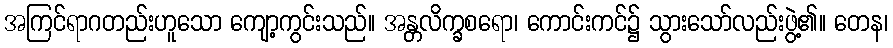
အကြင်ရာဂတည်းဟူသော ကျော့ကွင်းသည်။ အန္တလိက္ခစရော၊ ကောင်းကင်၌ သွားသော်လည်းဖွဲ့၏။ တေန၊